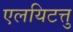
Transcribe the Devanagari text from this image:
एलयिटत्तु